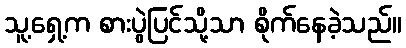
သူ့ရှေ့က စားပွဲပြင်သို့သာ စိုက်နေခဲ့သည်။